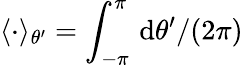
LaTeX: \langle\cdot\rangle_{\theta^{\prime}}=\int_{-\pi}^{\pi}\, \mathrm{d}\theta^{\prime}/(2\pi)